Report of the Municipal Commissioner on the plague in Bombay for the year ending 31st May... - Volume 2
Disease focus: Plague
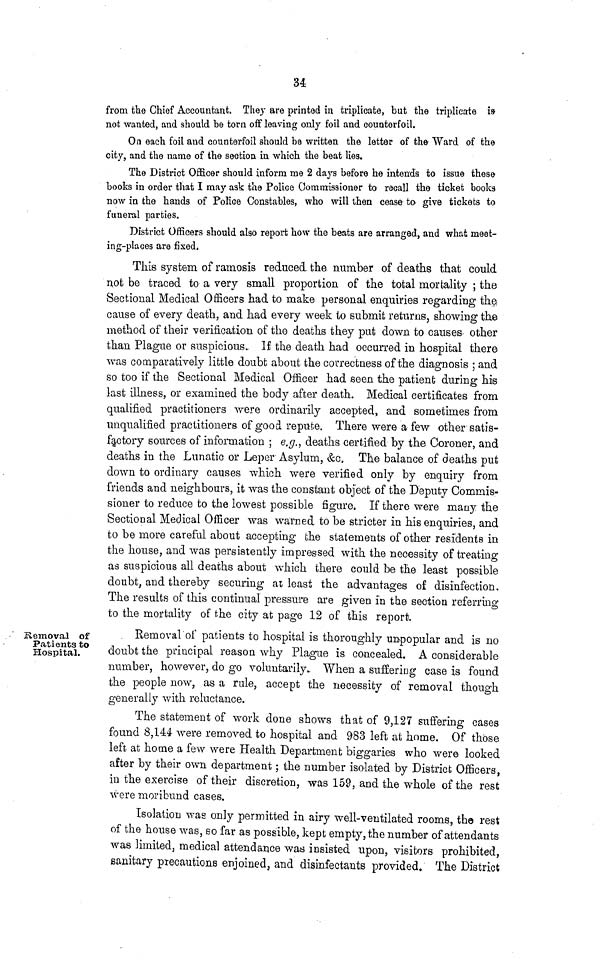
34
from the Chief Accountant, They are printed in triplicate, but the triplicate is
not wanted, and should be torn off leaving only foil and counterfoil.
On each foil and counterfoil should be written the letter of the Ward of the
city, and the name of the section in which the beat lies.
The District Officer should inform me 2 days before he intends to issue these
books in order that I may ask the Police Commissioner to recall the ticket books
now in the hands of Police Constables, who will then cease to give tickets to
funeral parties.
District Officers should also report how the beats are arranged, and what meet-
ing-places are fixed.
This system of ramosis reduced the number of deaths that could
not be traced to a very small proportion of the total mortality ; the
Sectional Medical Officers had to make personal enquiries regarding the
cause of every death, and had every week to submit returns, showing the
method of their verification of the deaths they put down to causes other
than Plague or suspicious. If the death had occurred in hospital there
was comparatively little doubt about the correctness of the diagnosis ; and
so too if the Sectional Medical Officer had seen the patient during his
last illness, or examined the body after death. Medical certificates from
qualified practitioners were ordinarily accepted, and sometimes from
unqualified practitioners of good repute. There were a few other satis-
factory sources of information ; e.g., deaths certified by the Coroner, and
deaths in the Lunatic or Leper Asylum, &c. The balance of deaths put
down to ordinary causes which were verified only by enquiry from
friends and neighbours, it was the constant object of the Deputy Commis-
sioner to reduce to the lowest possible figure. If there were many the
Sectional Medical Officer was warned to be stricter in his enquiries, and
to be more careful about accepting the statements of other residents in
the house, and was persistently impressed with the necessity of treating
as suspicious all deaths about which there could be the least possible
doubt, and thereby securing an least the advantages of disinfection.
The results of this continual pressure are given in the section referring
to the mortality of the city at page 12 of this report.
Removal of
Patients to
Hospital.
Removal of patients to hospital is thoroughly unpopular and is no
doubt the principal reason why Plague is concealed. A considerable
number, however, do go voluntarily. When a suffering case is found
the people now, as a rule, accept the necessity of removal though
generally with reluctance.
The statement of work done shows that of 9,127 suffering cases
found 8,144 were removed to hospital and 983 left at home. Of those
left at home a few were Health Department biggaries who were looked
after by their own departmen; the number isolated by District Officers,
in the exercise of their discretion, was 159, and the whole of the rest
were moribund cases.
Isolation was only permitted in airy well-ventilated rooms, the rest
of the house was, so far as possible, kept empty, the number of attendants
was limited, medical attendance was insisted upon, visitors prohibited,
sanitary precautions enjoined, and disinfectants provided. The District